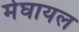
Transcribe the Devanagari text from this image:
मेघायल